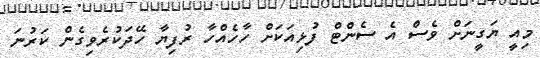
މިއީ ޔަގީނަށް ވެސް އެ ސެންޓް ފުޅިއަކަށް ހާހެއްހާ ރުފިޔާ ހޭދަކުރެވިގެން ކަރުނަ